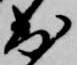
出